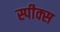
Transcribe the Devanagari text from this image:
स्पीक्स